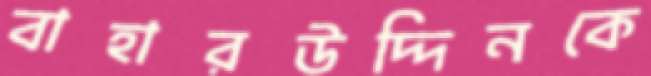
বাহারউদ্দিনকে